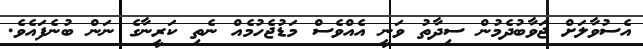
އެސުވާލަށް ޖަވާބުދެމުން ސިދާތު ވަނީ އެއްވެސް މަޑުޖެހުމެއް ނެތި ކަރީނާގެ ނަން ބުނެފައެވެ.